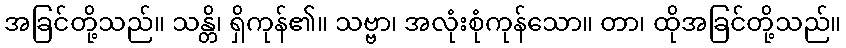
အခြင်တို့သည်။ သန္တိ၊ ရှိကုန်၏။ သဗ္ဗာ၊ အလုံးစုံကုန်သော။ တာ၊ ထိုအခြင်တို့သည်။